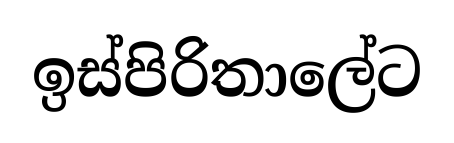
ඉස්පිරිතාලේට